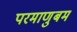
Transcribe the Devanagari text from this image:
परमाणुबम